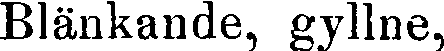
Blänkande, gyllne,